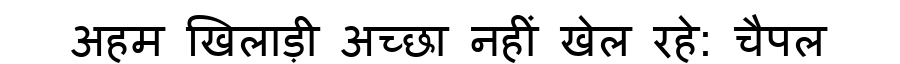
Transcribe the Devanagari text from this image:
अहम खिलाड़ी अच्छा नहीं खेल रहे: चैपल